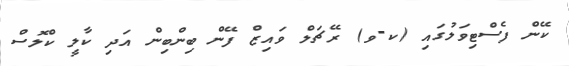
ކޭން ފެސްޓިވަލުގައި (ކ-ވ) ރޭޗަލް ވައިޒް ފޭން ބިންބިން އަދި ކާލީ ކްލޮސް